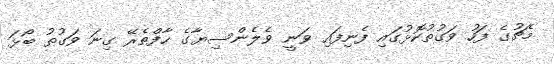
މެޗުގެ ފަހު ވަގުތުކޮޅުގައި ފެނިފައި ވަނީ ވެލެންސިޔާގެ ހާފްތެރޭ ގިނަ ވަގުތު ބޯޅަ